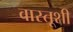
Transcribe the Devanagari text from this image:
वास्तूशी